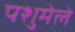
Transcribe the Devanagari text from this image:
पशुमेले